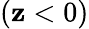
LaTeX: (\mathbf{z}<0)